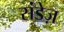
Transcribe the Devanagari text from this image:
संडेज़